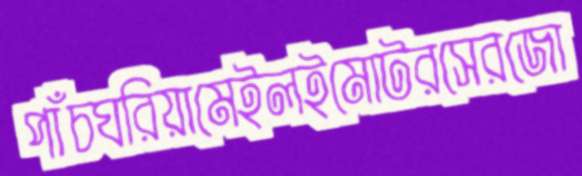
পাঁচঘরিয়ামেইলইমোটরসেরজো